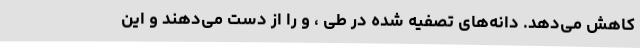
کاهش می‌دهد. دانه‌های تصفیه شده در طی ، و را از دست می‌دهند و این